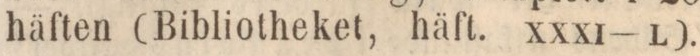
häften (Bibliotheket, häft. xxxi-l).